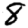
Digit: 8